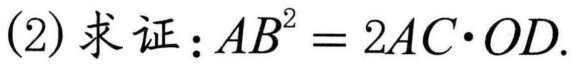
(2)求证：$AB^{2}=2AC\cdot OD.$